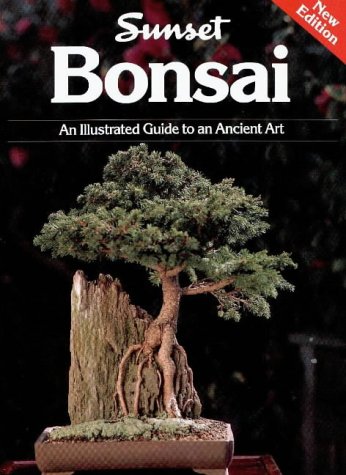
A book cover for Bonsai; Sunset Books; Crafts, Hobbies & Home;